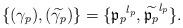
LaTeX: \begin{align*} \{ (\gamma _p),(\widetilde{\gamma _p})\} = \{\mathfrak p_p{}^{l_p},\widetilde{\mathfrak p_p}^{l_p}\}. \end{align*}